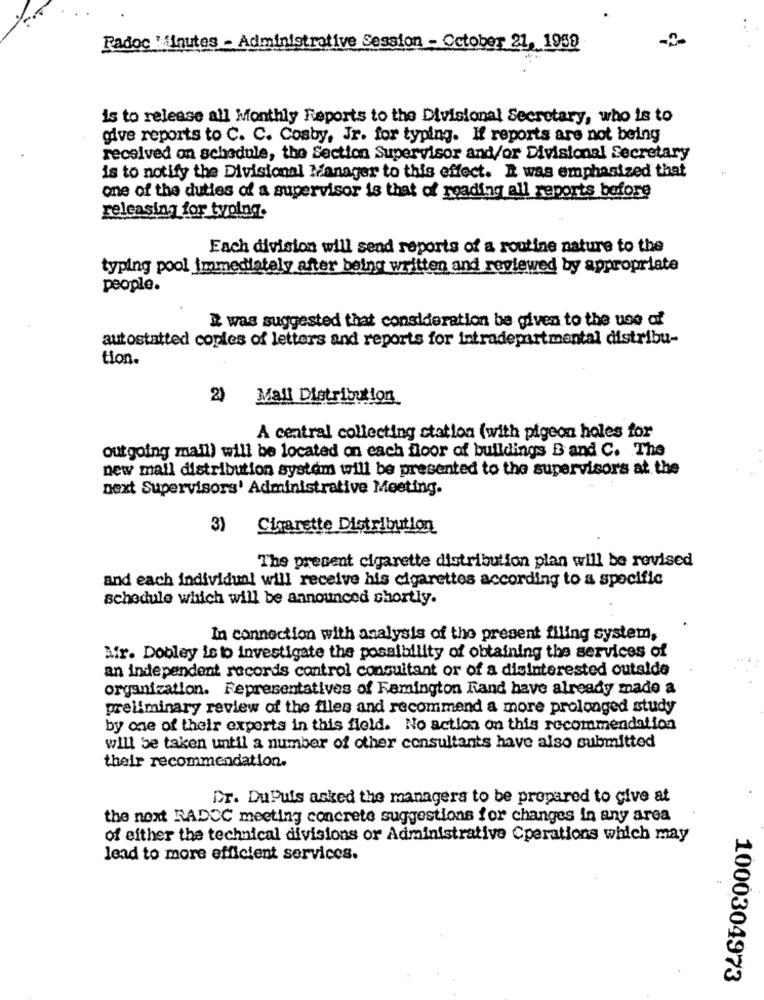
Radoc : Inutes - Administrative Session - October 21, 1958
is to release all Monthly Reports to the Divisional Secretary, who is to
give reports to C. C. Cosby, Jr. for typing. If reports are not being
received on schedule, the Section Supervisor and/or Divisional Secretary
is to notify the Divisional Manager to this effect. I was emphasized that
one of the duties of a supervisor is that of reading all reports before
releasing for typing.
Each division will send reports of a routine nature to the
typing pool Immediately after being written and reviewed by appropriate
people.
# was suggested that consideration be given to the use of
autostatted copies of letters and reports for intradepartmental distribu-
tion.
2) Mail Distribution
A central collecting station (with pigeon holes for
outgoing mail) will be located on each floor of buildings Band C. The
new mail distribution system will be presented to the supervisors at the
next Supervisors' Administrative Meeting.
3)
Cigarette Distribution
The present cigarette distribution plan will be revised
and each individual will receive his cigarettes according to a specific
schedule which will be announced shortly.
In connection with analysis of the present filing system,
Afr. Dooley is to investigate the possibility of obtaining the services of
an independent records control consultant or of a disinterested outalde
organization. Representatives of Remington Rand have already made a
preliminary review of the files and recommend a more prolonged study
by one of their experts in this field. No action on this recommendation
will be taken until a number of other consultants have also submitted
their recommendation.
Dr. DuPuis asked the managers to be propared to give at
the next RADCC meeting concrete suggestions for changes in any area
of either the technical divisions or Administrative Cperations which may
lead to more efficient services.
1000304973